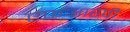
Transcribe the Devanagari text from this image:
एफआरपी